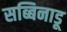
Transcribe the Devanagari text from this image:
सब्बिनाडू